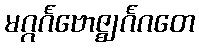
မဂ္ဂင်္ဂဗောဇ္ဈင်္ဂဂတေ